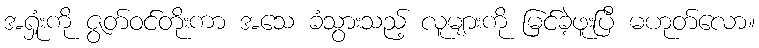
အရှုံးကို ဇွတ်ဝင်တိုးကာ အသေ ခံသွားသည့် လူများကို မြင်ခဲ့ဖူးပြီ မဟုတ်လော။